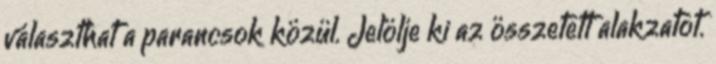
választhat a parancsok közül. Jelölje ki az összetett alakzatot.